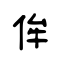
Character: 侔